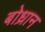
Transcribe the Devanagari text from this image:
बोध्रान